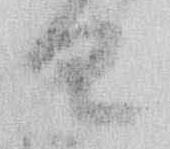
日